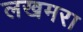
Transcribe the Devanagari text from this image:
लखमरा